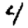
Digit: 4